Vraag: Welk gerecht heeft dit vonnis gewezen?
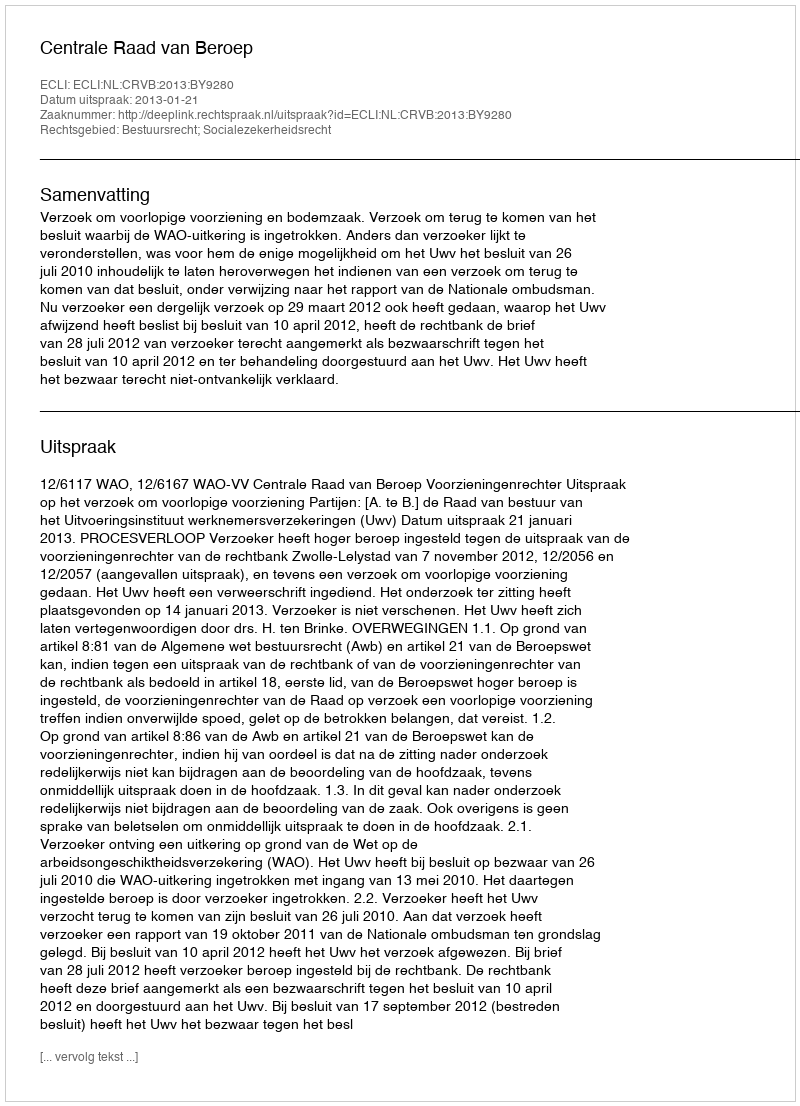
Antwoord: Centrale Raad van Beroep